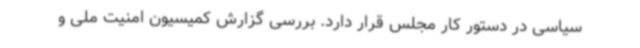
سیاسی در دستور کار مجلس قرار دارد. بررسی گزارش کمیسیون امنیت ملی و